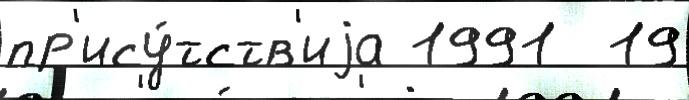
пр'ису́тств'иjа 1991  19